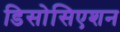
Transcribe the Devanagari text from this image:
डिसोसिएशन